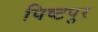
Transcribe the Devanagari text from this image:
पिष्टपुर